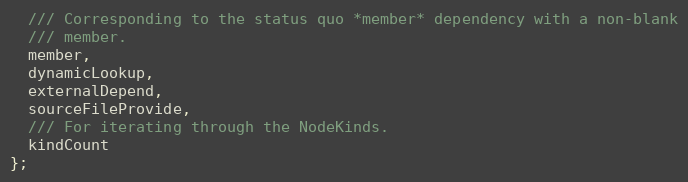
Language: C
  /// Corresponding to the status quo *member* dependency with a non-blank
  /// member.
  member,
  dynamicLookup,
  externalDepend,
  sourceFileProvide,
  /// For iterating through the NodeKinds.
  kindCount
};